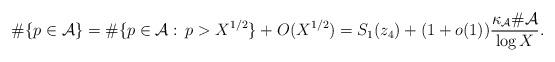
LaTeX: \begin{align*}\#\{p\in\mathcal{A}{}\}=\#\{p\in\mathcal{A}{}:\,p>X^{1/2}\}+O(X^{1/2})=S_1(z_4)+(1+o(1))\frac{\kappa_{\mathcal{A}}\#\mathcal{A}{}}{\log{X}}.\end{align*}